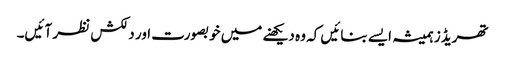
تھریڈز ہمیشہ ایسے بنائیں کہ وہ دیکھنے میں خوبصورت اور دلکش نظر آئیں۔